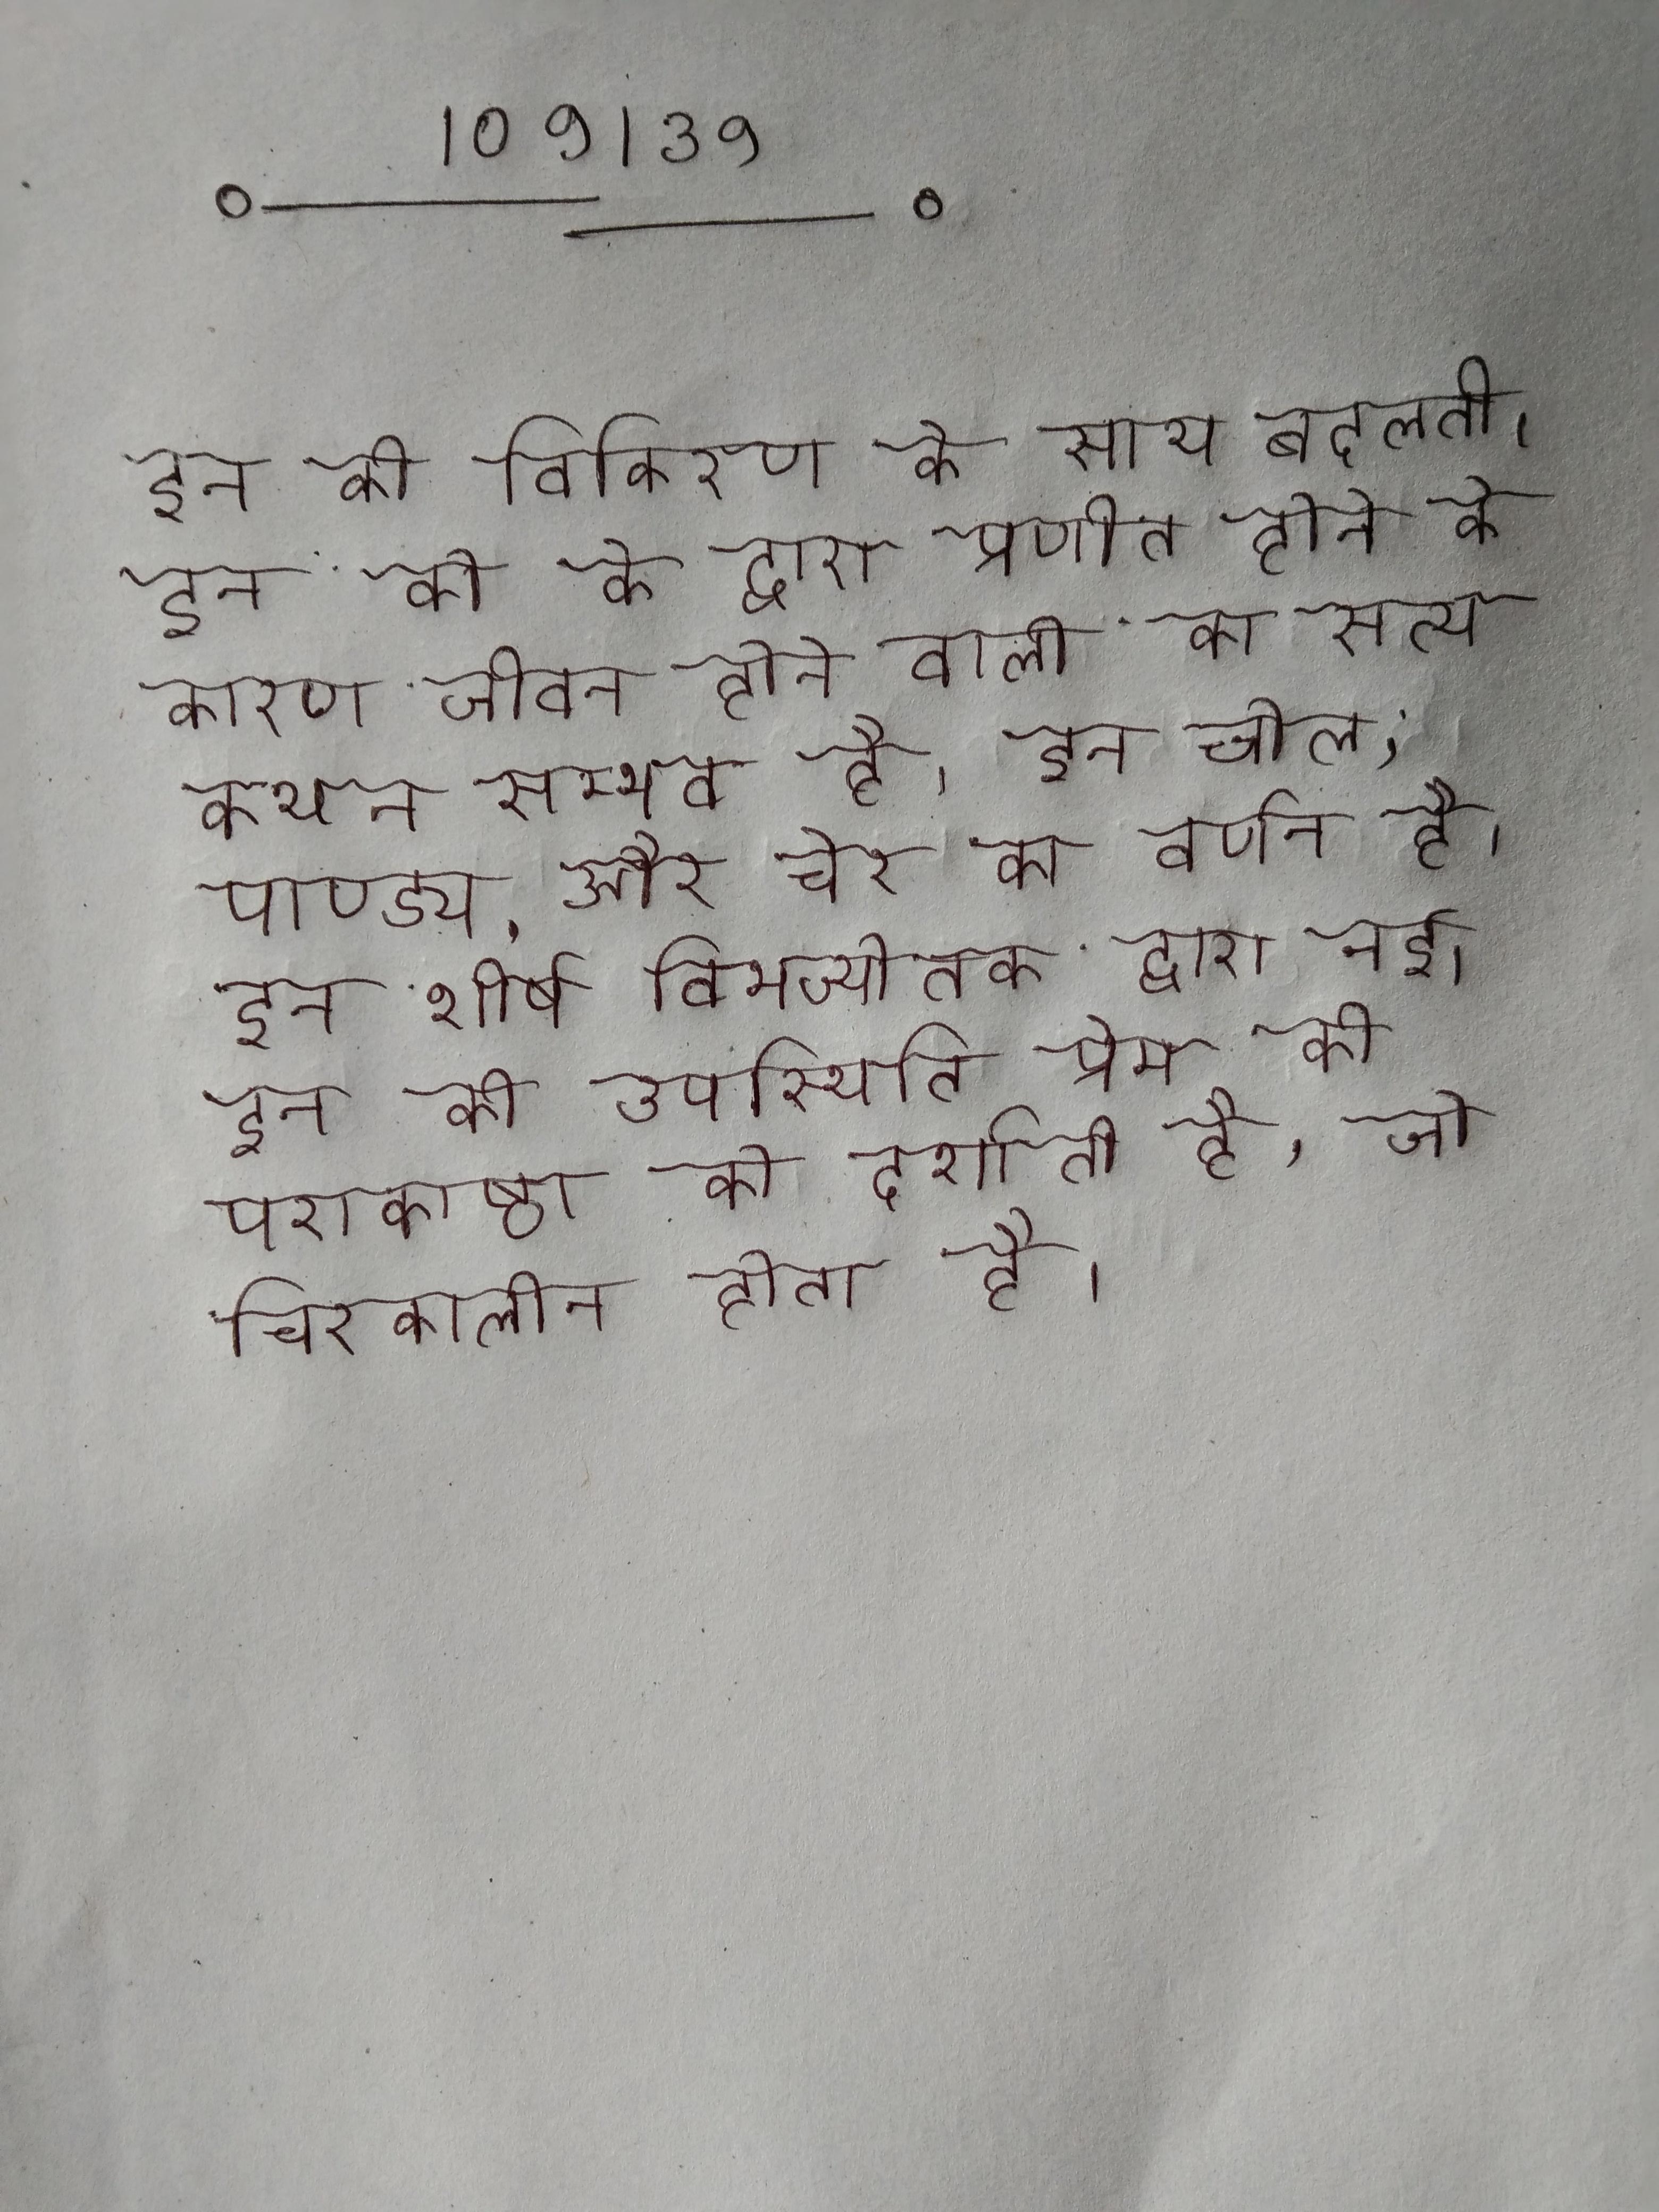
इन की विकिरण के साथ बदलती । इन को के द्वारा प्रणीत होने के कारण जीवन होने वाली का सत्य कथन सम्भव है । इन चोल, पाण्ड्य, और चेर का वर्णन है । इन शीर्ष विभज्योतक द्वारा नई । इन की उपस्थिति प्रेम की पराकाष्ठा को दर्शाती है, जो चिरकालीन होता है ।